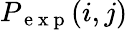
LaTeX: P_{\mathrm{~e~x~p~}}(i,j)